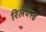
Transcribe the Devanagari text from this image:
रिलैक्स्ड